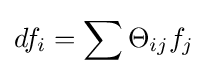
df_{i}=\sum \Theta _{ij}f_{j}